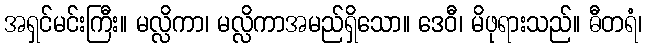
အရှင်မင်းကြီး။ မလ္လိကာ၊ မလ္လိကာအမည်ရှိသော။ ဒေဝီ၊ မိဖုရားသည်။ ဓီတရံ၊